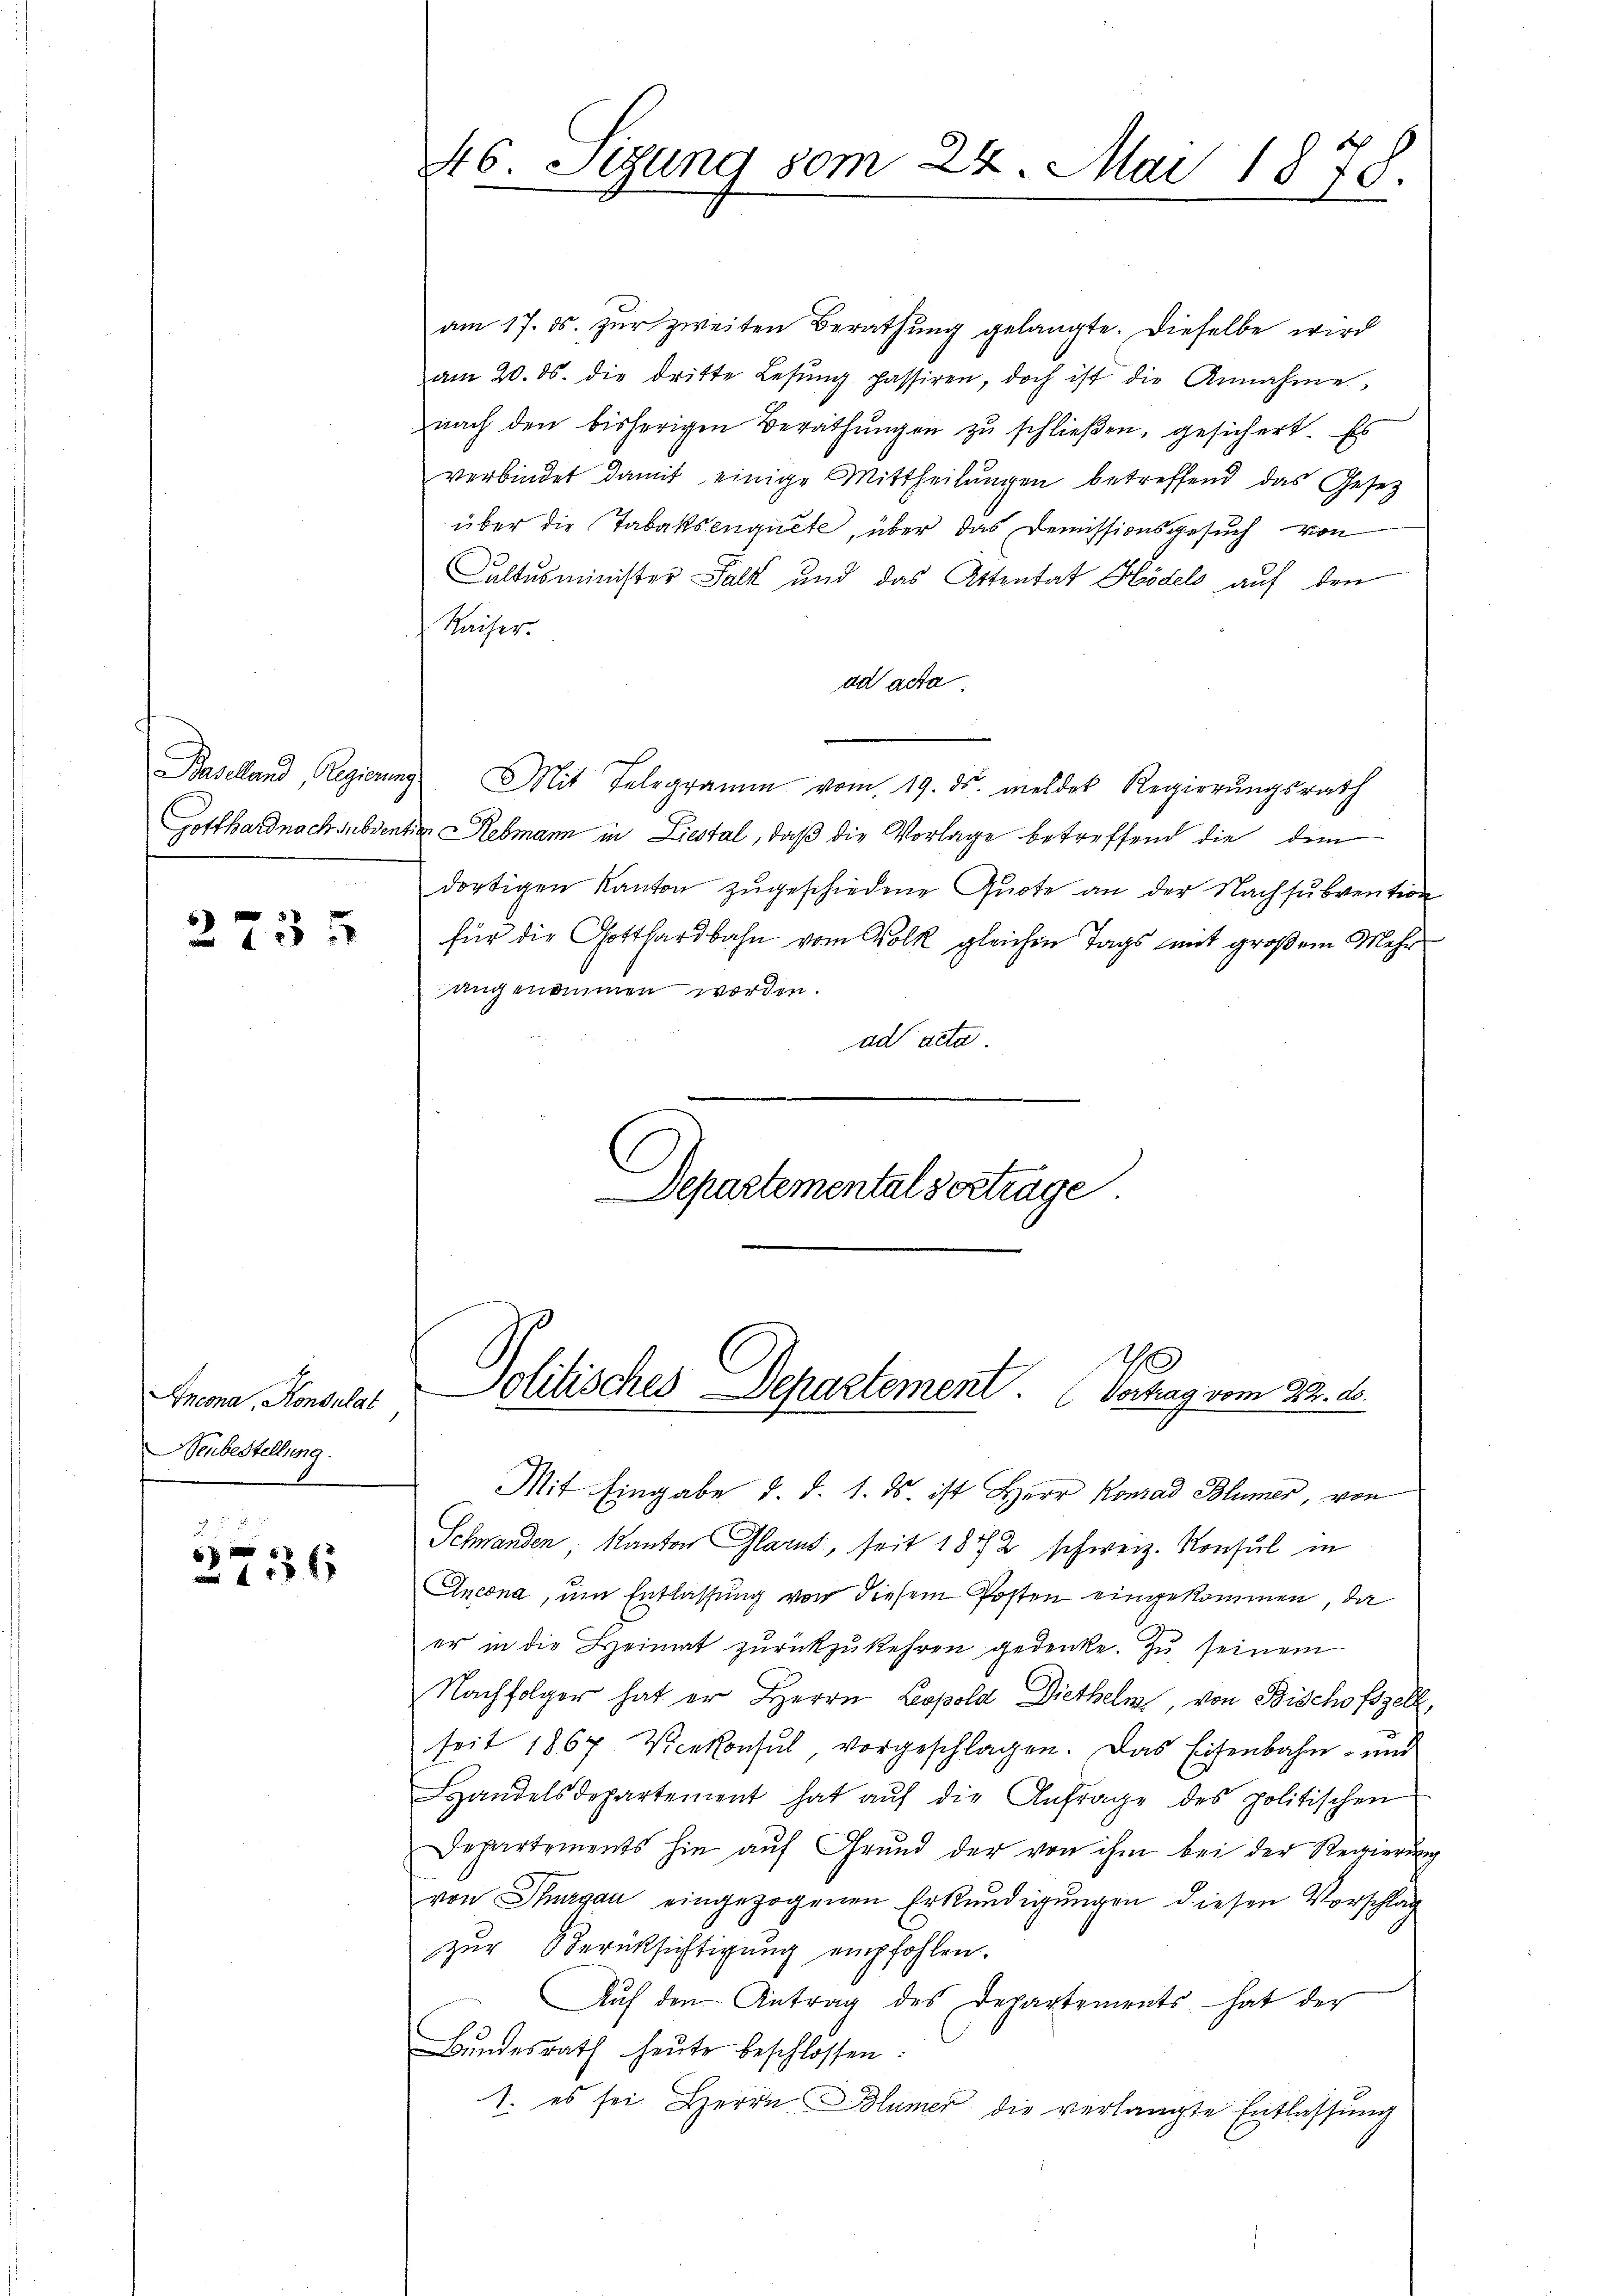
2735

Incona, Konsulat
Neubestellung.

2736

46. Setzung vom 24. Mai 1878
e

am 17. ds. zur zweiten Berathung gelangte. Dieselbe wird
am 20. ds. die dritte Lesŭng passiren, doch ist die Annahme,
nach den bisherigen Berathŭngen zŭ schlieβen, gesichert. Es
verbindet damit einige Mittheilungen betreffend das Gesetz
über die Tabakseugnete, über das Demissionsgesuch von
Cultusminister Falk und das Attentat Hödels auf den
Raiser.
ad acta.
Baselland, Regierung. Mit Telegramm vom 19. ds. meldet Regierŭngsrath
Gotthard nach subventia Rebmann in Liestal, daß die Vorlage betreffend die dem
dortigen Kanton zŭgeschiedene Quote an der Nachsŭbvention
für die Gotthardbahn vom Volk gleichen Tags mit großem Mehr
angenommen worden.
ad acta
Departementalvertrage

Mit Eingabe d. d. 1. ds. ist Herr Konrad Blümer, von
Schwanden Kanton Glarus, seit 1872 schweiz. Konsul in
Ancona, um Entlassung von diesem Posten eingekommen, da
er in die Heimat zurückzukehren gedenke. Zu seinem
Nachfolger hat er Herrn Leopold Diethelm, von Bischofszell,
seit 1867 Verkonsul vorgeschlagen. Das Eisenbahn- und
Handelsdepartement hat aŭf die Anfrage des politischen
Departements hin auf Grund der von ihm bei der Regierung
von Thurgau eingezogenen Erkundigungen diesen Vorschlag
zur Berücksichtigung empfohlen.
Auf den Antrag des Departements hat der
Bŭndesrath heŭte beschlossen:
1. es sei Herrn Blümer die verlangte Entlassŭng

.
olitisches Departement. Vertrag vom 22. d.